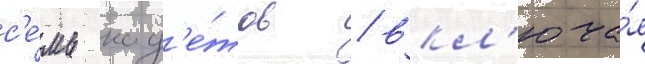
с'е́мь кад'е́тов / вкл'юча́я